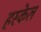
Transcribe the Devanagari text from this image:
हस्केल